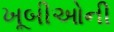
ખૂબીઓની